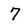
Character: 7